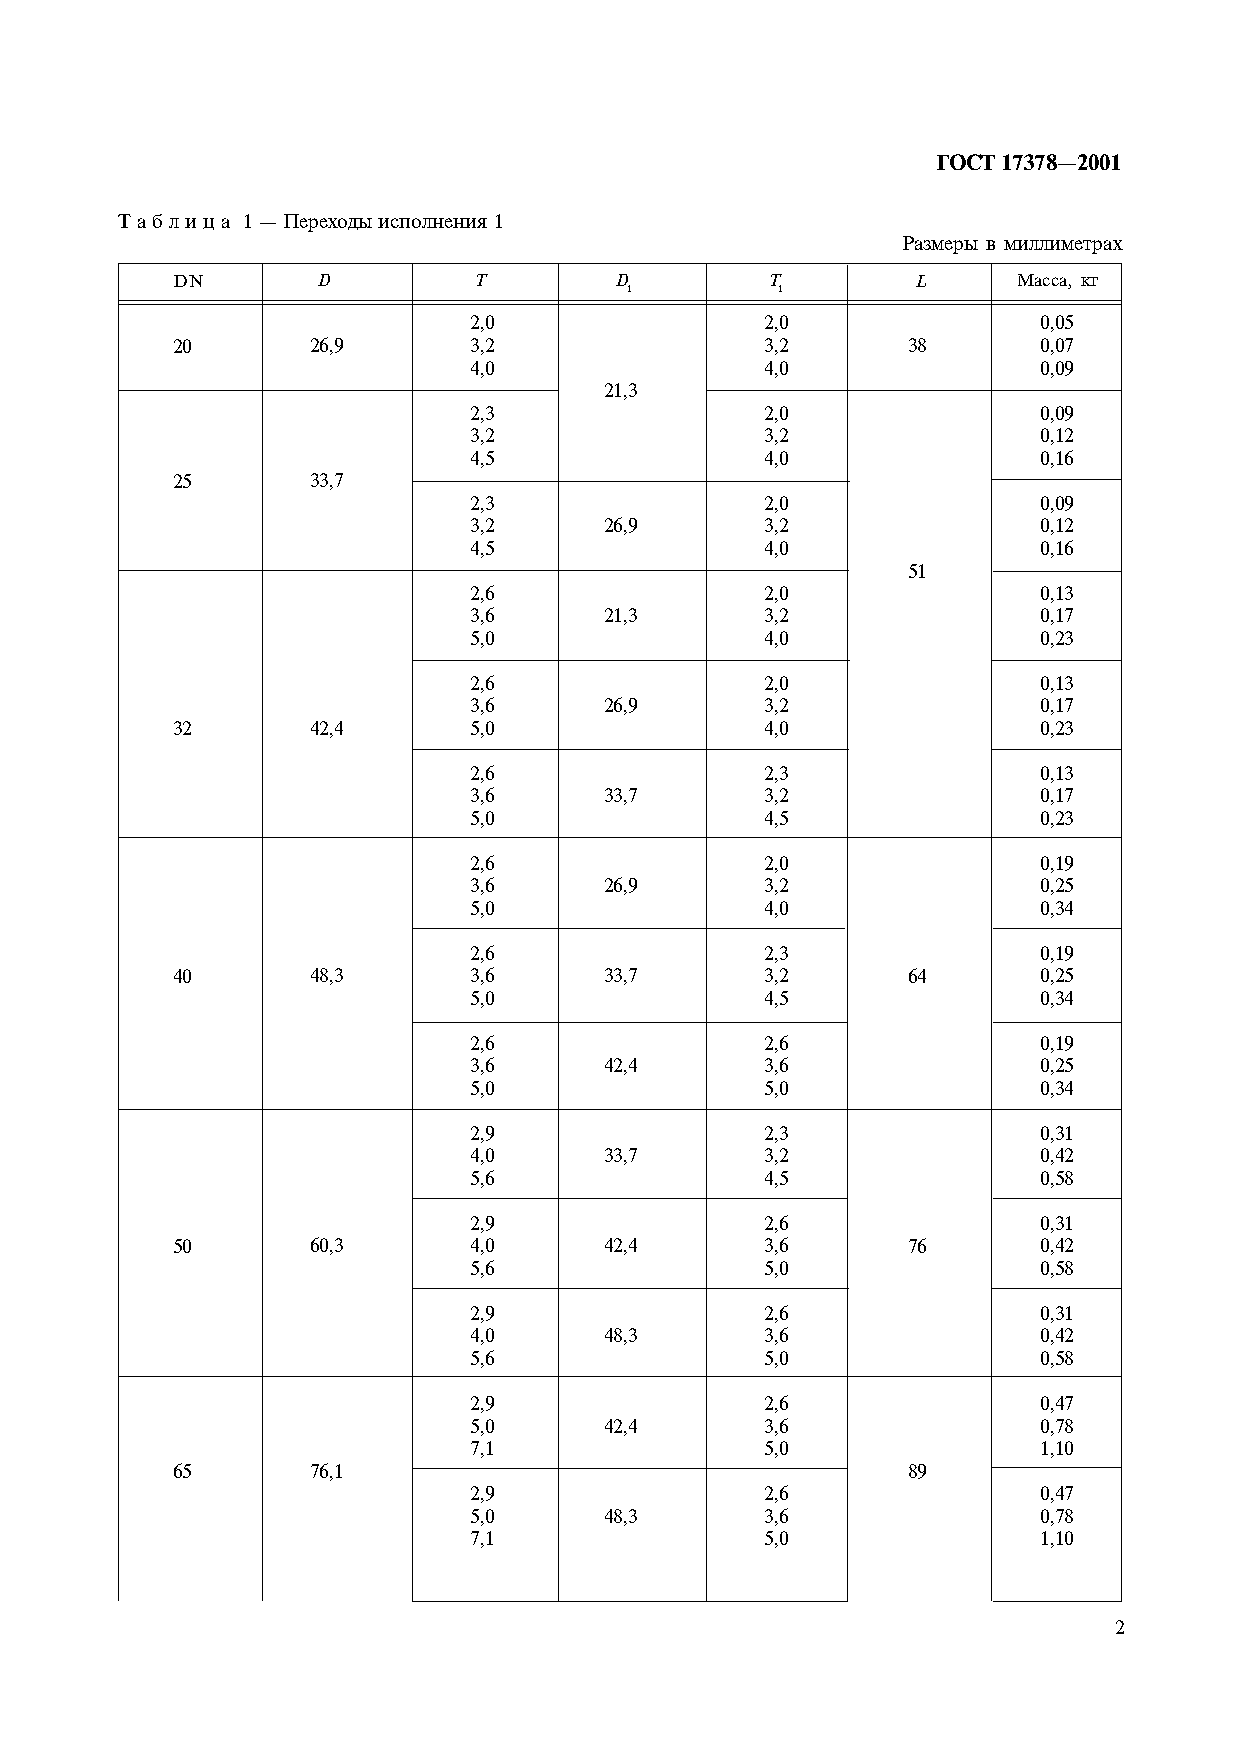
ÃÎÑÒ 17378—2001
 Ò à á ë è ö à 1 — Ïåðåõîäû èñïîëíåíèÿ 1
 Ðàçìåðû â ìèëëèìåòðàõ
 DN        D         T         D         T         L     Ìàññà, êã
 1        1
 2,0                 2,0               0,05
 20       26,9       3,2                 3,2      38       0,07
 4,0                 4,0               0,09
 21,3
 2,3                 2,0               0,09
 3,2                 3,2               0,12
 4,5                 4,0               0,16
 25       33,7
 2,3                 2,0               0,09
 3,2      26,9       3,2               0,12
 4,5                 4,0               0,16
 51
 2,6                 2,0               0,13
 3,6      21,3       3,2               0,17
 5,0                 4,0               0,23
 2,6                 2,0               0,13
 3,6      26,9       3,2               0,17
 32       42,4       5,0                 4,0               0,23
 2,6                 2,3               0,13
 3,6      33,7       3,2               0,17
 5,0                 4,5               0,23
 2,6                 2,0               0,19
 3,6      26,9       3,2               0,25
 5,0                 4,0               0,34
 2,6                 2,3               0,19
 40       48,3       3,6      33,7       3,2      64       0,25
 5,0                 4,5               0,34
 2,6                 2,6               0,19
 3,6      42,4       3,6               0,25
 5,0                 5,0               0,34
 2,9                 2,3               0,31
 4,0      33,7       3,2               0,42
 5,6                 4,5               0,58
 2,9                 2,6               0,31
 50       60,3       4,0      42,4       3,6      76       0,42
 5,6                 5,0               0,58
 2,9                 2,6               0,31
 4,0      48,3       3,6               0,42
 5,6                 5,0               0,58
 2,9                 2,6               0,47
 5,0      42,4       3,6               0,78
 7,1                 5,0               1,10
 65       76,1                                    89
 2,9                 2,6               0,47
 5,0      48,3       3,6               0,78
 7,1                 5,0               1,10
 2